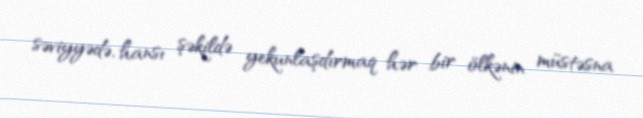
səviyyədə, hansı şəkildə yekunlaşdırmaq hər bir ölkənin müstəsna